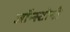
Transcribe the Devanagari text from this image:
जॉन्स्टोनी